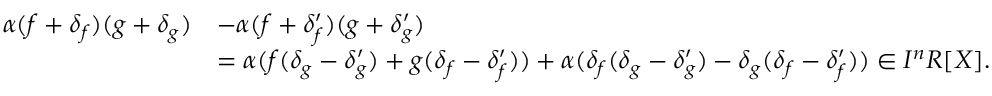
{ \begin{array} { r l } { \alpha ( f + \delta _ { f } ) ( g + \delta _ { g } ) } & { - \alpha ( f + \delta _ { f } ^ { \prime } ) ( g + \delta _ { g } ^ { \prime } ) } \\ & { = \alpha ( f ( \delta _ { g } - \delta _ { g } ^ { \prime } ) + g ( \delta _ { f } - \delta _ { f } ^ { \prime } ) ) + \alpha ( \delta _ { f } ( \delta _ { g } - \delta _ { g } ^ { \prime } ) - \delta _ { g } ( \delta _ { f } - \delta _ { f } ^ { \prime } ) ) \in I ^ { n } R [ X ] . } \end{array} }